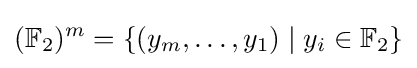
(\mathbb {F} _{2})^{m}=\{(y_{m},\ldots ,y_{1})\mid y_{i}\in \mathbb {F} _{2}\}